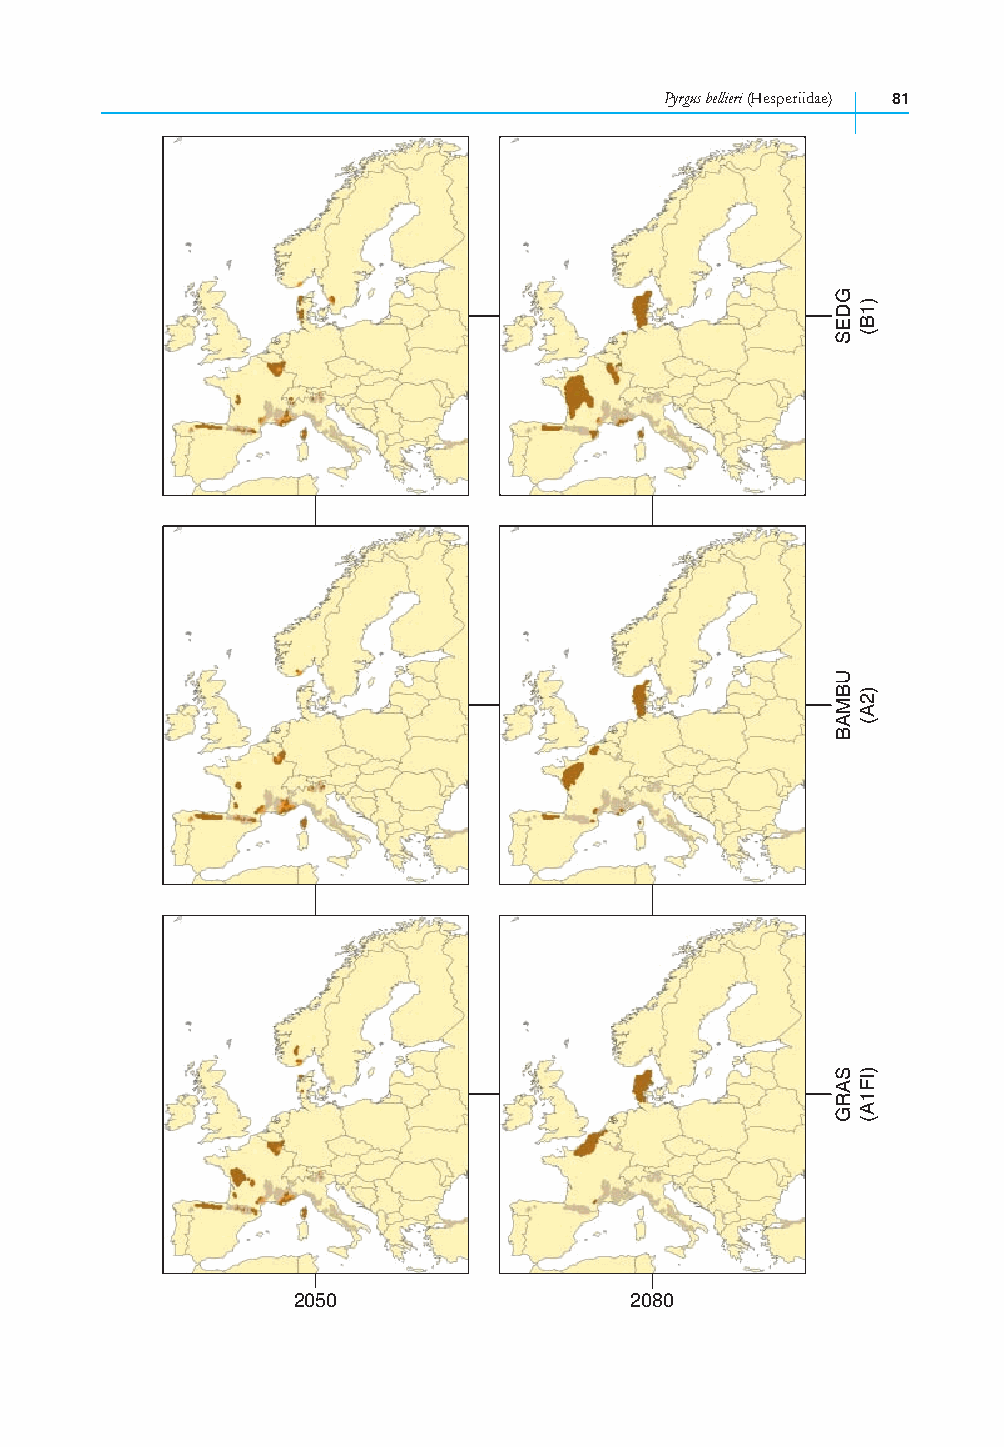
Pyrgus bellieri (Hesperiidae) 81
 2050                   2080
 GDES
 UBMAB
 SARG
 )1B(
 )2A(
 )IF1A(